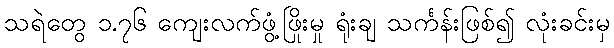
သရဲတွေ ၁.၇၆ ကျေးလက်ဖွံ့ဖြိုးမှု ရုံးချ သင်္ကန်းဖြစ်၍ လုံးခင်းမှ